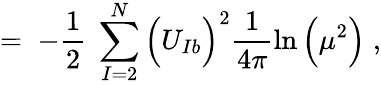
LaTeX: =\; -\frac{1}{2}\; \sum_{I=2}^{N}\Big(U_{Ib}\Big)^{2}\frac{1}{4\pi}\ln\Big(\mu^{2}\Big)\; ,